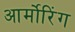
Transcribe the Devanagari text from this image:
आर्मोरिंग